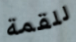
للقمة